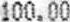
100.00